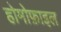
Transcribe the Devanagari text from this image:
होमोफ़ाइल